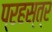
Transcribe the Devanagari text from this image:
प्रहस्त्र